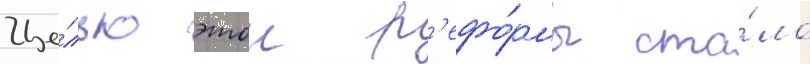
Це́лью этои р'ефо́рмы ста́ло